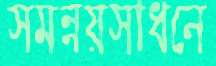
সমন্নয়সাধনে